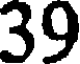
39